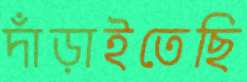
দাঁড়াইতেছি